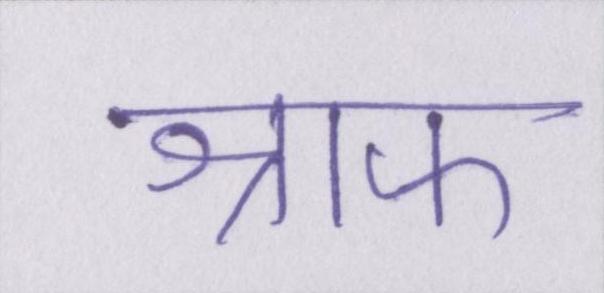
श्राफ